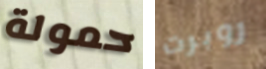
حمولة روبرت